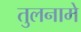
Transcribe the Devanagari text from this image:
तुलनामे